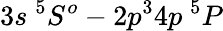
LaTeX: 3s~^{5}S^{o}-2p^{3}4p~^{5}P